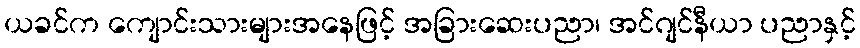
ယခင်က ကျောင်းသားများအနေဖြင့် အခြားဆေးပညာ၊ အင်ဂျင်နီယာ ပညာနှင့်